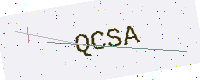
Text: QCSA